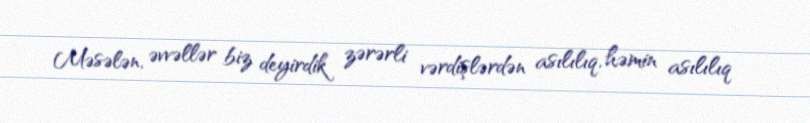
Məsələn, əvvəllər biz deyirdik zərərli vərdişlərdən asılılıq, həmin asılılıq